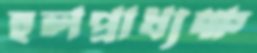
হলপ্রাধ্যক্ষ